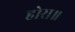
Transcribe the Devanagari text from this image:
होरा॥